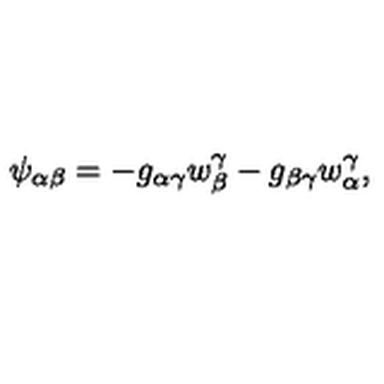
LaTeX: \psi _ { \alpha \beta } = - g _ { \alpha \gamma } w _ { \beta } ^ { \gamma } - g _ { \beta \gamma } w _ { \alpha } ^ { \gamma } ,